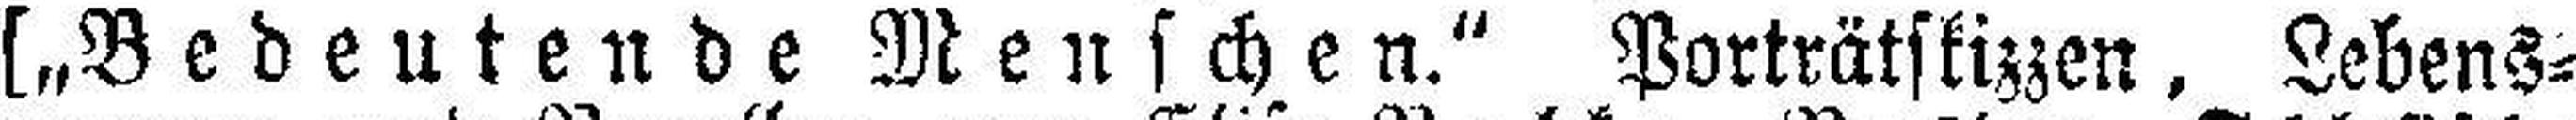
[„Bedeutende Menschen.“ Porträtskizzen, Lebens¬